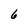
Character: 6